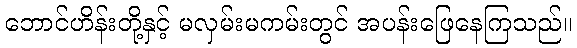
ဘောင်ဟိန်းတို့နှင့် မလှမ်းမကမ်းတွင် အပန်းဖြေနေကြသည်။